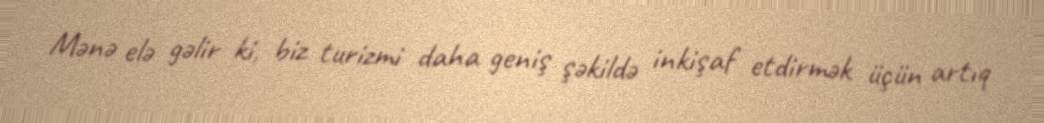
Mənə elə gəlir ki, biz turizmi daha geniş şəkildə inkişaf etdirmək üçün artıq